Problem: 7 × 8 = ?
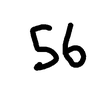
Handwritten answer: 56